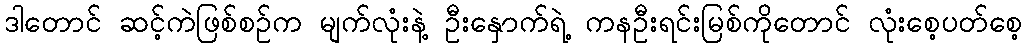
ဒါတောင် ဆင့်ကဲဖြစ်စဉ်က မျက်လုံးနဲ့ ဦးနှောက်ရဲ့ ကနဦးရင်းမြစ်ကိုတောင် လုံးစေ့ပတ်စေ့